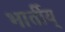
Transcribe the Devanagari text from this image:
भार्तीय्